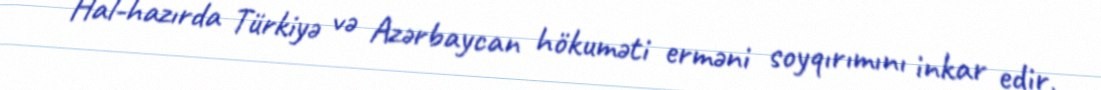
Hal-hazırda Türkiyə və Azərbaycan hökuməti erməni soyqırımını inkar edir,